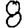
Digit: 8